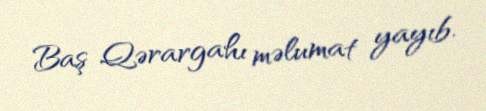
Baş Qərargahı məlumat yayıb.